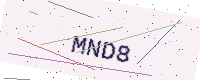
Text: MND8